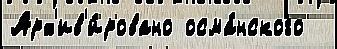
Арх'ив'и́ровано осма́нского